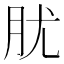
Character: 肬